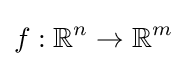
f:\mathbb {R} ^{n}\to \mathbb {R} ^{m}